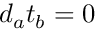
d _ { a } t _ { b } = 0